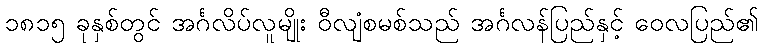
၁၈၁၅ ခုနှစ်တွင် အင်္ဂလိပ်လူမျိုး ဝီလျံစမစ်သည် အင်္ဂလန်ပြည်နှင့် ဝေလပြည်၏